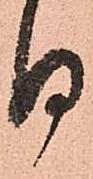
る